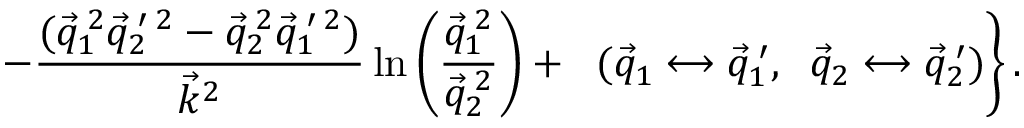
\left. \ - \frac { ( \vec { q } _ { 1 } ^ { \: 2 } \vec { q } _ { 2 } ^ { \: \prime \: 2 } - \vec { q } _ { 2 } ^ { \: 2 } \vec { q } _ { 1 } ^ { \: \prime \: 2 } ) } { { \vec { k } } _ { { } } ^ { 2 } } \ln \left( \frac { \vec { q } _ { 1 } ^ { \: 2 } } { \vec { q } _ { 2 } ^ { \: 2 } } \right) + \; \; ( \vec { q } _ { 1 } \longleftrightarrow \vec { q } _ { 1 } ^ { \: \prime } , \; \; \vec { q } _ { 2 } \longleftrightarrow \vec { q } _ { 2 } ^ { \: \prime } ) \right\} .